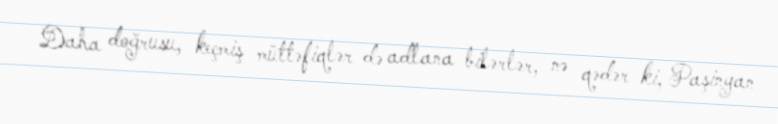
Daha doğrusu, keçmiş müttəfiqlər də adlana bilərlər, nə qədər ki, Paşinyan